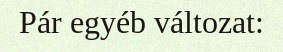
Pár egyéb változat: